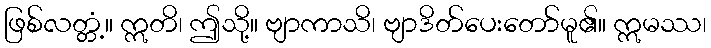
ဖြစ်လတ္တံ့။ ဣတိ၊ ဤသို့။ ဗျာကာသိ၊ ဗျာဒိတ်ပေးတော်မူ၏။ ဣမဿ၊